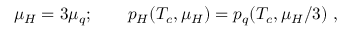
\mu _ { H } = 3 \mu _ { q } ; \qquad p _ { H } ( T _ { c } , \mu _ { H } ) = p _ { q } ( T _ { c } , \mu _ { H } / 3 ) ~ ,